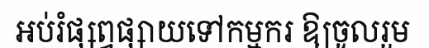
អប់រំផ្សព្វផ្សាយទៅកម្មករ ឱ្យចូលរួម